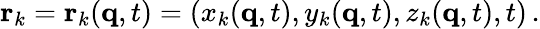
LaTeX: \mathbf{r}_{k}=\mathbf{r}_{k}(\mathbf{q},t)=(x_{k}(\mathbf{q},t),y_{k}(\mathbf{q},t),z_{k}(\mathbf{q},t),t)\, .